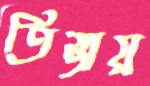
তিস্তায়